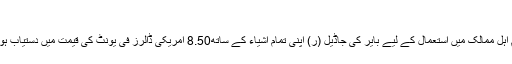
”
تمام اہل ممالک میں استعمال کے لیے بایر کی جاڈیل (ر) اپنی تمام اشیاء کے ساتھ8.50 امریکی ڈالرز فی یونٹ کی قیمت میں دستیاب ہوگی۔